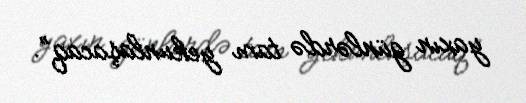
yaxın günlərdə tam yekunlaşacaq”.